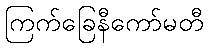
ကြက်ခြေနီကော်မတီ